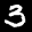
Label: 3